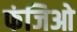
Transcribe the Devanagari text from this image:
फंजिओ